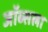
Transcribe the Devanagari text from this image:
जॉब्सला